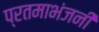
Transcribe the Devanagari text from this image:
प्रतमाभंजनी